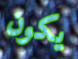
يكون